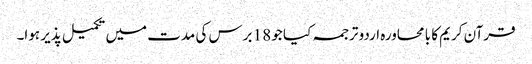
قرآن کریم کا با محاورہ اردو ترجمہ کیا جو 18 برس کی مدت میں تکمیل پذیر ہوا۔